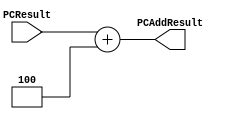
`timescale 1ns / 1ps
////////////////////////////////////////////////////////////////////////////////
// ECE369A - Computer Architecture
// Laboratory  
// Module - PCAdder.v
// Description - 32-Bit program counter (PC) adder.
// 
//
// Engineers: Sebastian Thiem, Brian Winkler
// % effort: Sebastian Thiem(50%), Brian Winkler(50%)
//
// INPUTS:-
// PCResult: 32-Bit input port.
// 
// OUTPUTS:-
// PCAddResult: 32-Bit output port.
//
// FUNCTIONALITY:-
// Design an incrementor (or a hard-wired ADD ALU whose first input is from the 
// PC, and whose second input is a hard-wired 4) that computes the current 
// PC + 4. The result should always be an increment of the signal 'PCResult' by 
// 4 (i.e., PCAddResult = PCResult + 4).
////////////////////////////////////////////////////////////////////////////////
module PCAdder(PCResult,
                        PCAddResult);
    (*keep = "true"*)
    
    input [31:0] PCResult;      // Input from the Program Counter, to be incrimented by 4
    
    output reg[31:0] PCAddResult;  // The output, PCResult + 4, to be sent to the Program Counter
    
    always@(*) begin
        PCAddResult <= PCResult + 4;
    end
    
endmodule